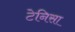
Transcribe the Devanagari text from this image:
टेनिसा